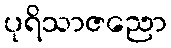
ပုရိသာဇညော